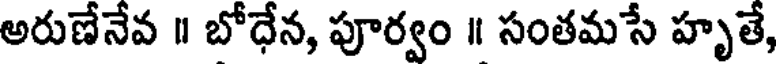
అరుణేనేవ ॥ బోధేన, పూర్వం ॥ సంతమసే హృతే,